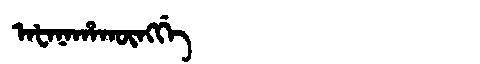
Manchu: ᠠᡶᠠᠨᠠᡥᠠᡴᡡᠩᡤᡝ
Romanization: AFANAHAKŪNGGE